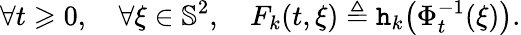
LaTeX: \forall t\geqslant 0,\quad\forall\xi\in\mathbb{S}^{2},\quad F_{k}(t,\xi)\triangleq\mathtt{h}_{k}\big(\Phi_{t}^{-1}(\xi)\big).